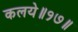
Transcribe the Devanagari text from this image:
कलये॥१७॥